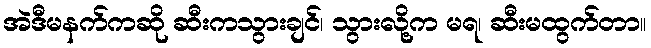
အဲဒီမနက်ကဆို ဆီးကသွားချင်၊ သွားလို့က မရ၊ ဆီးမထွက်တာ။